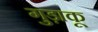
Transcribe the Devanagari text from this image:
गुड़ाकू